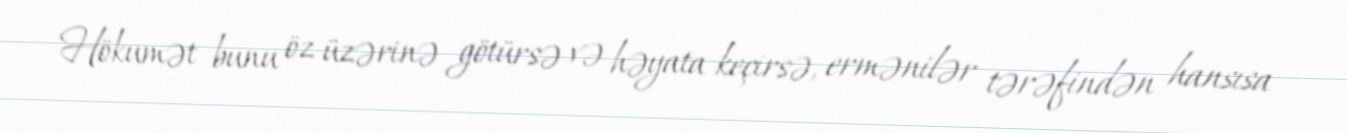
Hökumət bunu öz üzərinə götürsə və həyata keçirsə, ermənilər tərəfindən hansısa